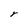
Character: r